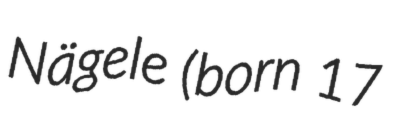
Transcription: Nägele (born 17